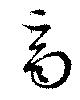
斉